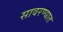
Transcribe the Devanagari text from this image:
सावरण्यात